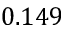
0 . 1 4 9